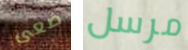
ضعى مرسل